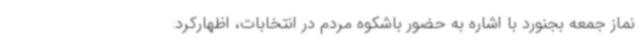
نماز جمعه بجنورد با اشاره به حضور باشکوه مردم در انتخابات، اظهارکرد: